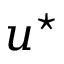
u ^ { \star }